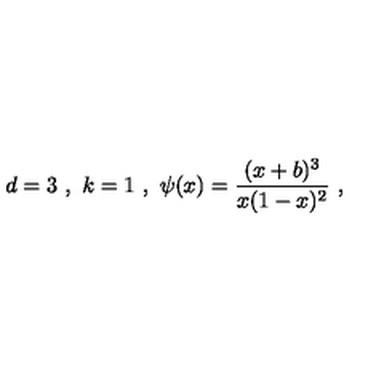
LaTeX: d = 3 \ , \ k = 1 \ , \ \psi ( x ) = \frac { ( x + b ) ^ { 3 } } { x ( 1 - x ) ^ { 2 } } \ ,